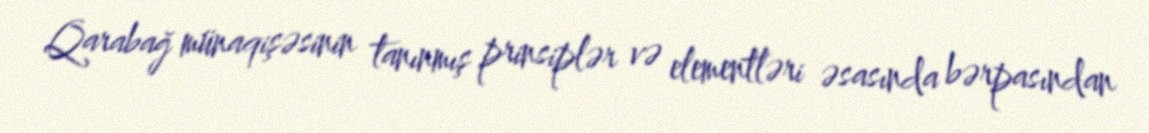
Qarabağ münaqişəsinin tanınmış prinsiplər və elementləri əsasında bərpasından